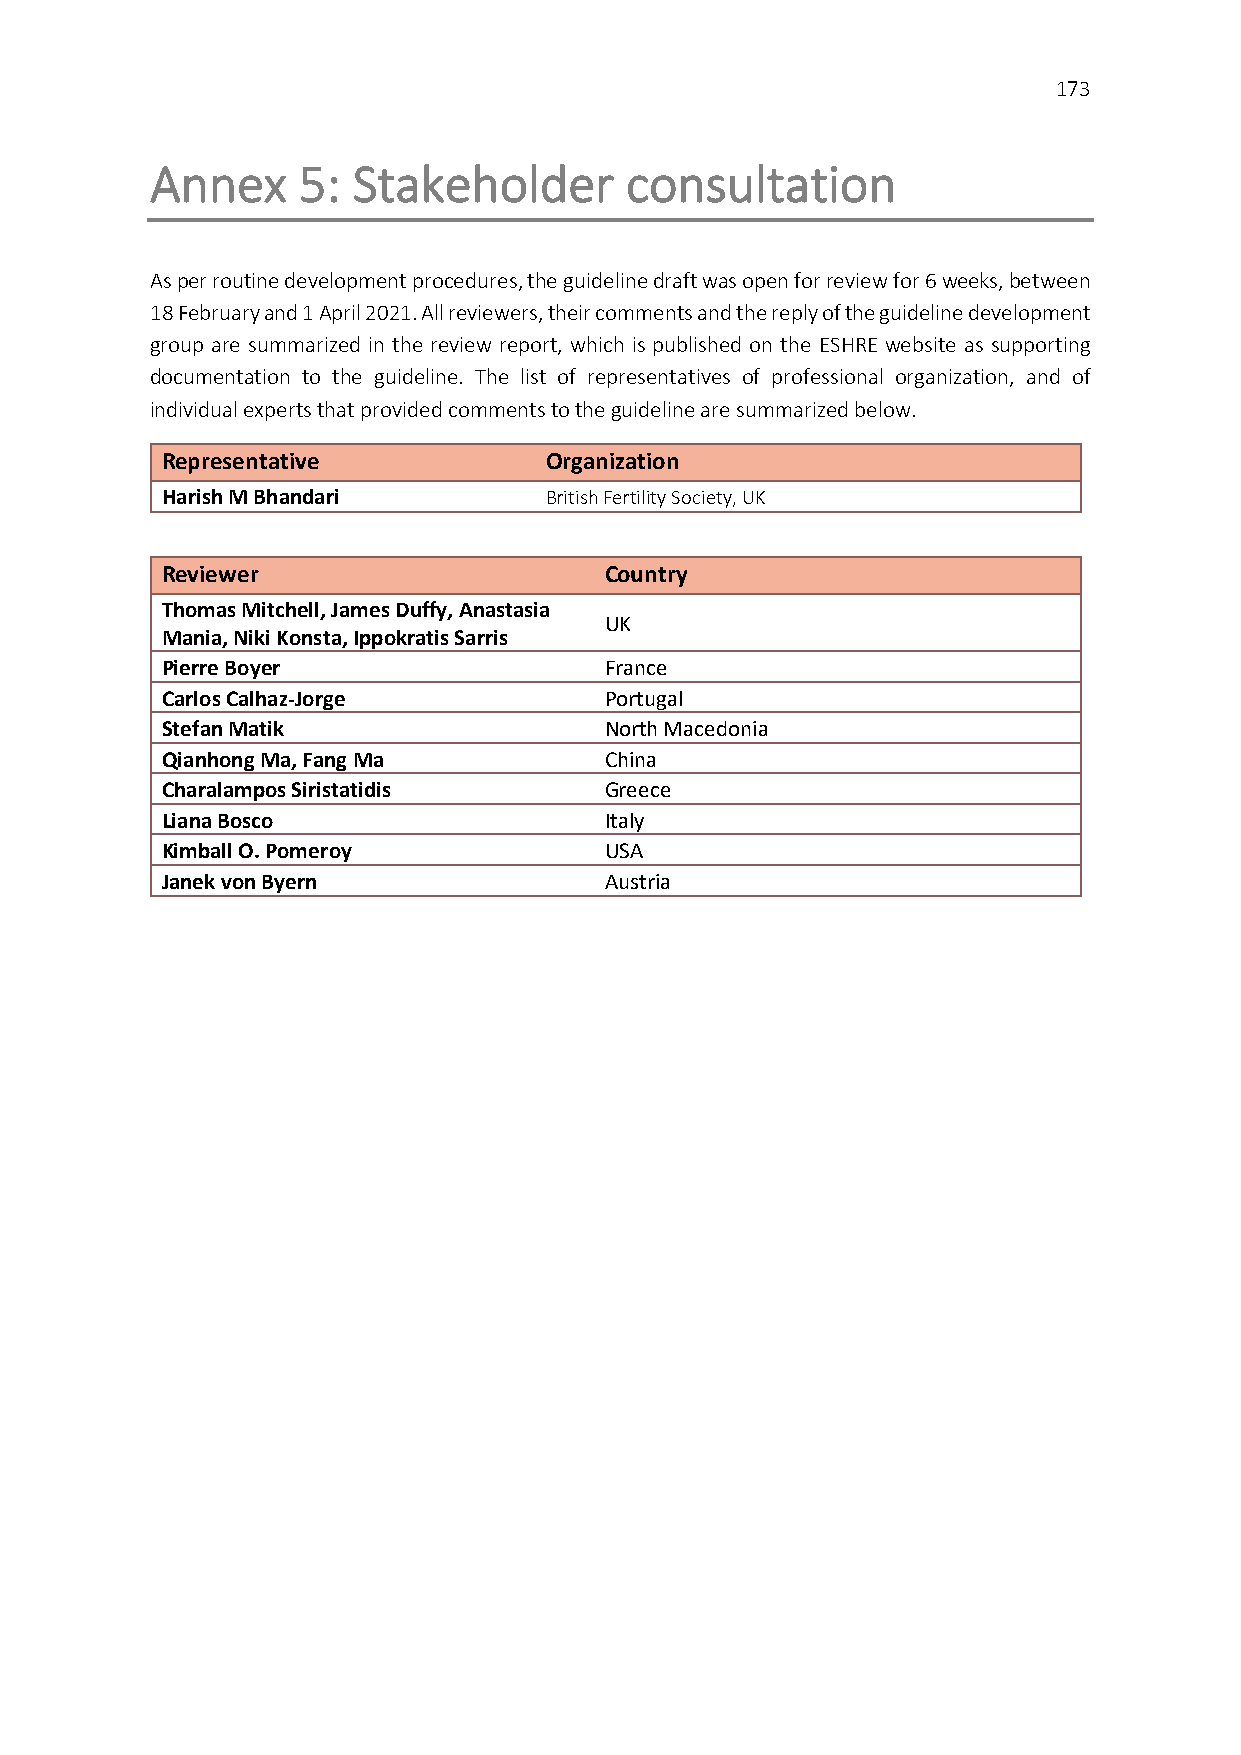
173
 Annex     5: Stakeholder       consultation
 As per routine development procedures, the guideline draft was open for review for 6 weeks, between
 18 February and 1 April 2021. All reviewers, their comments and the reply of the guideline development
 group are summarized in the review report, which is published on the ESHRE website as supporting
 documentation to the guideline. The list of representatives of professional organization, and of
 individual experts that provided comments to the guideline are summarized below.
 Representative           Organization
 Harish M Bhandari        British Fertility Society, UK
 Reviewer                     Country
 Thomas Mitchell, James Duffy, Anastasia
 UK
 Mania, Niki Konsta, Ippokratis Sarris
 Pierre Boyer                 France
 Carlos Calhaz-Jorge          Portugal
 Stefan Matik                 North Macedonia
 Qianhong Ma, Fang Ma         China
 Charalampos Siristatidis     Greece
 Liana Bosco                  Italy
 Kimball O. Pomeroy           USA
 Janek von Byern              Austria